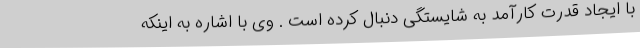
با ایجاد قدرت کارآمد به شایستگی دنبال کرده است . وی با اشاره به اینکه